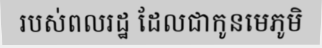
របស់ពលរដ្ឋ ដែលជាកូនមេភូមិ